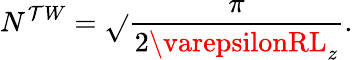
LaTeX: N^{\mathcal{T}W}=\sqrt{}{{\frac{{\pi}}{{2\varepsilonRL_{z}}}}}.